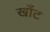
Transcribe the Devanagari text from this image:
खाँट